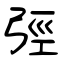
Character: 弳